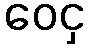
ဝေငှ